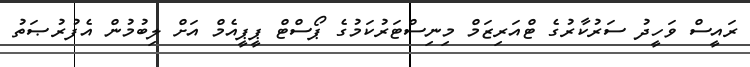
ރައީސް ވަހީދު ސަރުކާރުގެ ޓްއަރިޒަމް މިނިސްޓަރުކަމުގެ ޕޯސްޓް ޕީޕީއެމް އަށް ލިބުމުން އެފުރުޞަތު